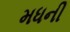
મધની